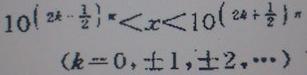
$10^{\left(2k - \frac{1}{2}\right)\pi}<x<10^{\left(2k + \frac{1}{2}\right)\pi}\quad(k = 0,\pm1,\pm2,\cdots)$